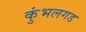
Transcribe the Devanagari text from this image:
कुंभलगड